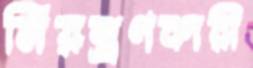
নিয়ন্ত্রণকারী